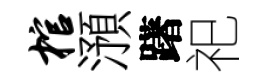
棺澦躇祀